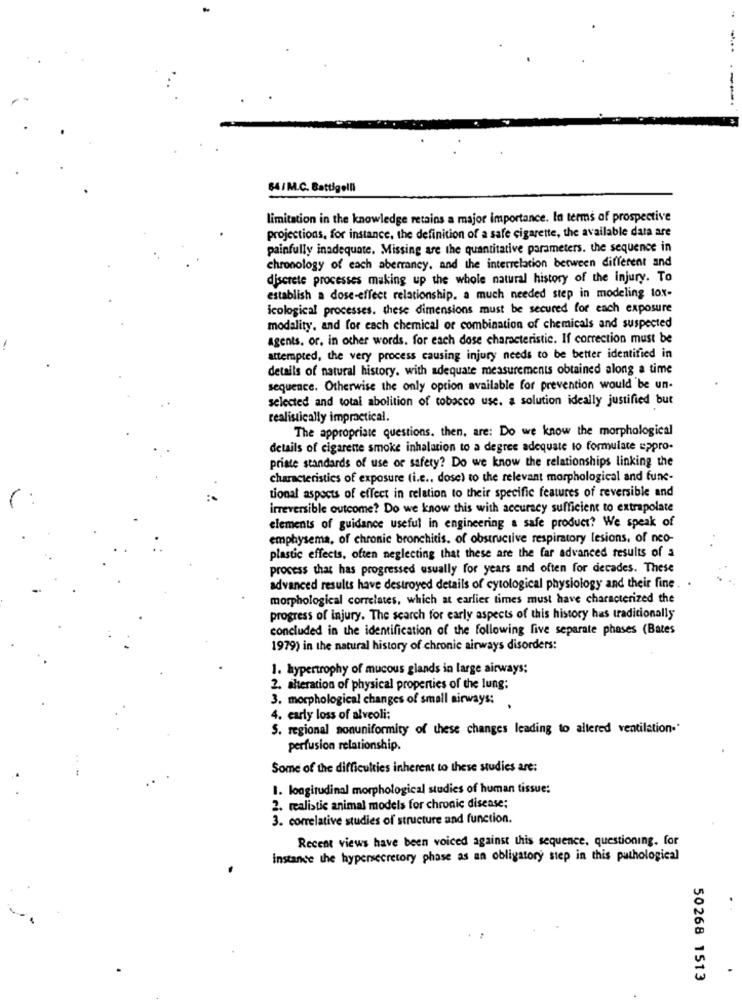
64/ M.C. Battigelli
Limitation in the knowledge retains a major importance. In terms of prospective
projections, for instance, the definition of a safe cigarette, the available data are
painfully inadequate. Missing are the quantitative parameters. the sequence in
chronology of each aberrancy, and the interrelation between different and
discrete processes making up the whole natural history of the injury. To
establish a dose-effect relationship, a much needed step in modeling lox-
icological processes. these dimensions must be secured for each exposure
modality, and for each chemical or combination of chemicals and suspected
agents, or, in other words. for each dose characteristic. If correction must be
attempted, the very process causing injury needs to be better identified in
details of natural history, with adequate measurements obtained along a time
sequence. Otherwise the only option available for prevention would be un-
selected and total abolition of tobacco use. a solution ideally justified but
realistically impractical.
The appropriate questions. then, are: Do we know the morphological
details of cigarette smoke inhalation to a degree adequate to formulate appro-
priate standards of use of safety? Do we know the relationships linking the
characteristics of exposure (i.e ., dose) to the relevant morphological and func-
tional aspects of effect in relation to their specific features of reversible and
irreversible outcome? Do we know this with accuracy sufficient to extrapolate
elements of guidance useful in engineering a safe product? We speak of
emphysema, of chronic bronchitis. of obstructive respiratory lesions, of neo-
plastic effects, often neglecting that these are the far advanced results of a
process that has progressed usually for years and often for decades. These
advanced results have destroyed details of cytological physiology and their fine .
morphological correlates, which at earlier times must have characterized the
progress of injury. The search for early aspects of this history has traditionally
concluded in the identification of the following five separate phases (Bates
1979) in the natural history of chronic airways disorders:
1. hypertrophy of mucous glands in large airways;
2. alteration of physical properties of the lung:
3. morphological changes of small airways:
4. early loss of alveoli;
S. regional nonuniformity of these changes leading to altered ventilation.'
perfusion relationship.
Some of the difficulties inherent to these studies are:
1. longitudinal morphological studies of human tissue:
2. realistic animal models for chronic disease;
3. correlative studies of structure and function.
Recent views have been voiced against this sequence, questioning. for
Instance the hypersecretory phase as an obligatory step in this pathological
50268 1513